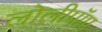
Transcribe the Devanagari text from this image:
लोलीपॉप